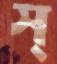
স্